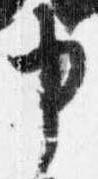
申